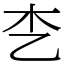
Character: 朰